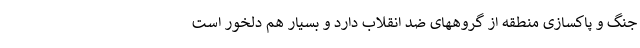
جنگ و پاکسازی منطقه از گروههای ضد انقلاب دارد و بسیار هم دلخور است